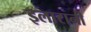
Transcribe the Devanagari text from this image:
इलारानी